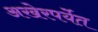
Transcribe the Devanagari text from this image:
अखेरपर्येत